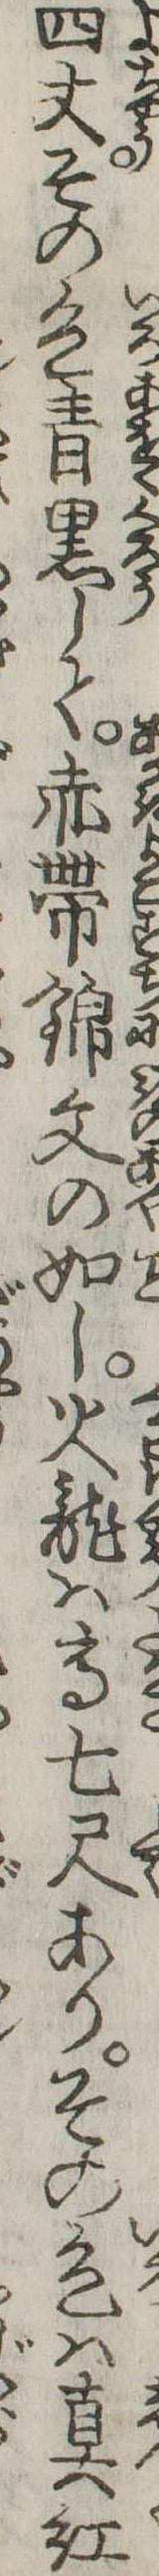
四丈その色青黒して赤帯錦文の如し火竜は高七尺ありその色は真紅